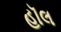
હૉલ